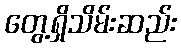
တွေ့ရှိသိမ်းဆည်း